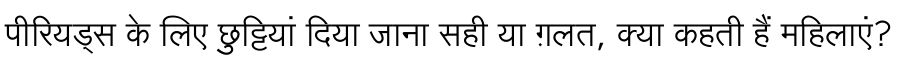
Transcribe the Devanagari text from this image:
पीरियड्स के लिए छुट्टियां दिया जाना सही या ग़लत, क्या कहती हैं महिलाएं?